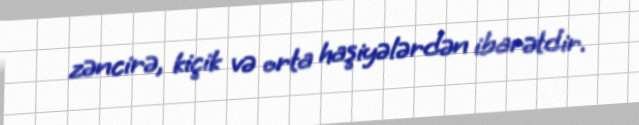
zəncirə, kiçik və orta haşiyələrdən ibarətdir.